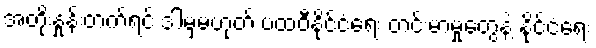
အတိုးနှုန်းတက်ရင် ဒါမှမဟုတ် ပထဝီနိုင်ငံရေး တင်းမာမှုတွေနဲ့ နိုင်ငံရေး